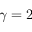
\gamma = 2